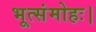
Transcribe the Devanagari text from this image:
भूत्संमोहः।